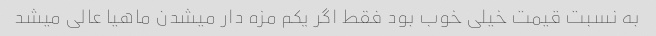
به نسبت قیمت خیلى خوب بود فقط اگر یکم مزه دار میشدن ماهیا عالى میشد